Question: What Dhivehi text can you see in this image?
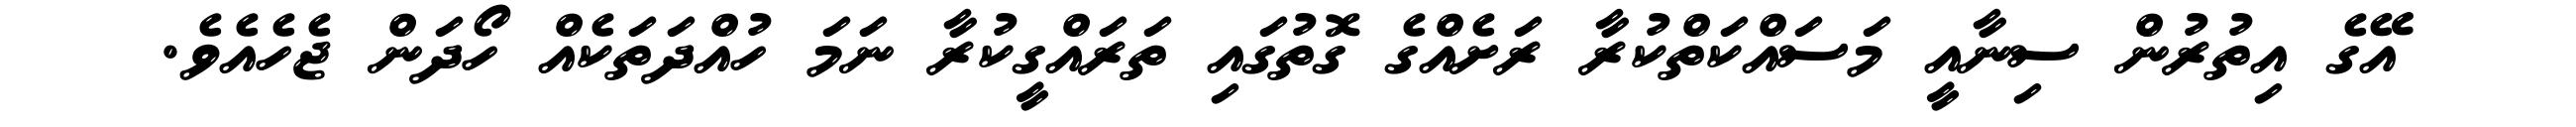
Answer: އޭގެ އިތުރުން ސިނާއީ މަސައްކަތްކުރާ ރަށެއްގެ ގޮތުގައި ތަރައްގީކުރާ ނަމަ ހުއްދަތަކެއް ހޯދަން ޖެހެއެވެ.